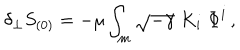
LaTeX: \delta _ { \perp } S _ { ( 0 ) } = - \mu \int _ { m } \sqrt { - \gamma } \; K _ { i } \; \Phi ^ { i } \, ,